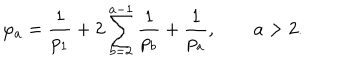
\varphi _ { a } = \frac { 1 } { p _ { 1 } } + 2 \sum _ { b = 2 } ^ { a - 1 } \frac { 1 } { p _ { b } } + \frac { 1 } { p _ { a } } , \qquad a > 2 .